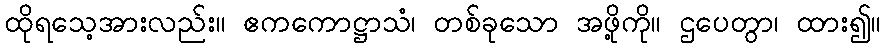
ထိုရသေ့အားလည်း။ ဧကကောဋ္ဌာသံ၊ တစ်ခုသော အဖို့ကို။ ဌပေတွာ၊ ထား၍။